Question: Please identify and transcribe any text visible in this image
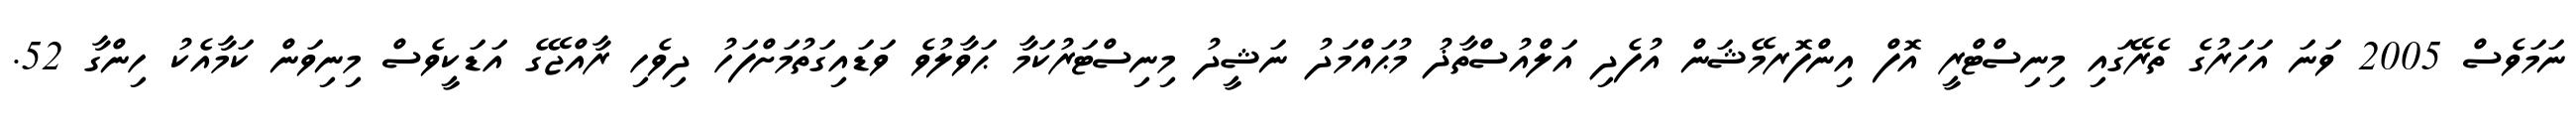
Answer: ނަމަވެސް 2005 ވަނަ އަހަރުގެ ތެރޭގައި މިނިސްޓްރީ އޮފް އިންފޮރމޭޝަން އުފެދި އަލްއުސްތާޛު މުޙައްމަދު ނަޝީދު މިނިސްޓަރުކަމާ ޙަވާލުވެ ވަޑައިގަތުމަށްފަހު ދިވެހި ރާއްޖޭގެ އަޑަކީވެސް މިނިވަން ކަމާއެކު ހިންގާ 52.